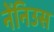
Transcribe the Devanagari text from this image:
नेंनिउस